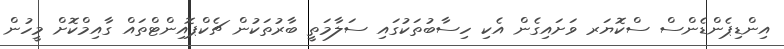
އިންޑިޕެންޑެންސް ސްކޮޔަރ ވަށައިގެން އެކި ހިސާބުތަކުގައި ސަލާމަތީ ބާރުތަކުން ޗެކްޕޮއިންޓްތައް ގާއިމްކޮށް މީހުން